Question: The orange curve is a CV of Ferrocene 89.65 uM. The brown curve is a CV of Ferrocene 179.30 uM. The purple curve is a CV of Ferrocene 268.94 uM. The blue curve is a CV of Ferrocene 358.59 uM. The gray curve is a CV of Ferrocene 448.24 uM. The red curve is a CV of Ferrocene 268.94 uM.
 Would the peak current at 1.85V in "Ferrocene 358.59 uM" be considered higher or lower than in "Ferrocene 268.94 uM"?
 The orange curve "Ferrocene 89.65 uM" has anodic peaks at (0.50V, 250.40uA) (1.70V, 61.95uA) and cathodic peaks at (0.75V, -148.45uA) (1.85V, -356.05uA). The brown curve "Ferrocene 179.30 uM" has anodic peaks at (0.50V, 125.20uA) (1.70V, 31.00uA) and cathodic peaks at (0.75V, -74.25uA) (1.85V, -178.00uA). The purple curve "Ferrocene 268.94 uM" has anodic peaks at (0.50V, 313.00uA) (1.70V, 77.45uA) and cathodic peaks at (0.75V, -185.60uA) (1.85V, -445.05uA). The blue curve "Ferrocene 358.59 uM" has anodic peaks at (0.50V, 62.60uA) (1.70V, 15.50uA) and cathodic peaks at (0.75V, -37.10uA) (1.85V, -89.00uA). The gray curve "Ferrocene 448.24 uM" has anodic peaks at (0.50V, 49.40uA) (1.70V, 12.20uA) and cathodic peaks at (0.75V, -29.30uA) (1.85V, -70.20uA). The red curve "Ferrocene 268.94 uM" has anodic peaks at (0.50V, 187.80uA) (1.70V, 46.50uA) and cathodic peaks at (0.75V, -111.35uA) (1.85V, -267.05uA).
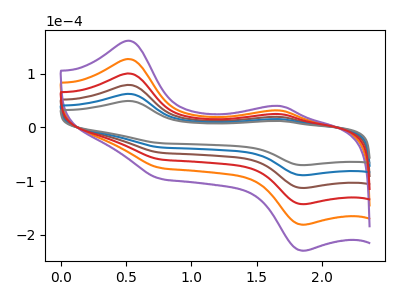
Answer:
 <answer>The peak at 1.85V is lower in "Ferrocene 358.59 uM" than in "Ferrocene 268.94 uM".</answer>
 <eval>lower</eval>